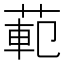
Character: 𫈣